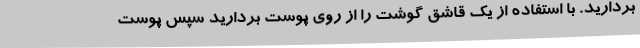
بردارید. با استفاده از یک قاشق گوشت را از روی پوست بردارید سپس پوست